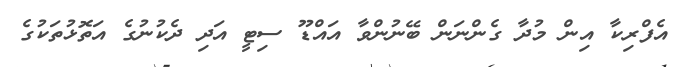
އެފްރިކާ އިން މުދާ ގެންނަން ބޭނުންވާ އައްޑޫ ސިޓީ އަދި ދެކުނުގެ އަތޮޅުތަކުގެ